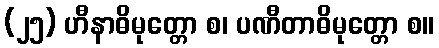
(၂၅) ဟီနာဓိမုတ္တော စ၊ ပဏီတာဓိမုတ္တော စ။